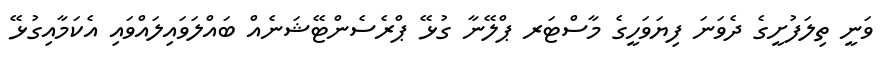
ވަނީ ތިލަފުށީގެ ދެވަނަ ފިޔަވަހީގެ މާސްޓަރ ޕްލޭނާ ގުޅޭ ޕްރެސެންޓޭޝަނެއް ބައްލަވައިލައްވައި އެކަމާއިގުޅޭ